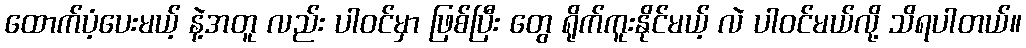
ထောက်ပံ့ပေးမယ့် နဲ့အတူ လည်း ပါဝင်မှာ ဖြစ်ပြီး တွေ ရိုက်ကူးနိုင်မယ့် လဲ ပါဝင်မယ်လို့ သိရပါတယ်။